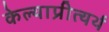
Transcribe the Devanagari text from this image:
केल्याप्रीत्यर्थ